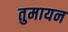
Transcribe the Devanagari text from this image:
तुमायन